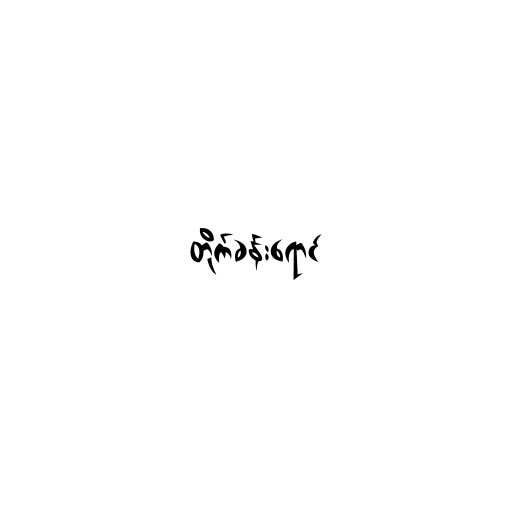
တိုက်ခန်းရောင်